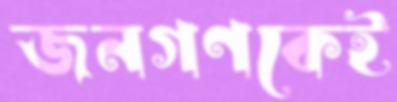
জনগণকেই